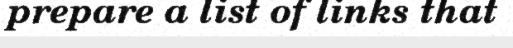
prepare a list of links that